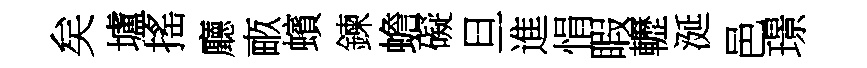
矣壚搖廳畞蠙鍊蟾礙旦進悁睱轣涎邑璟